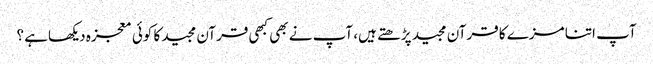
آپ اتنا مزے کا قرآن مجید پڑھتے ہیں، آپ نے بھی کبھی قرآن مجید کا کوئی معجزہ دیکھاہے ؟